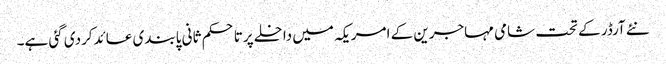
نئے آرڈر کے تحت شامی مہاجرین کے امریکہ میں داخلے پرتاحکم ثانی پابندی عائدکردی گئی ہے۔